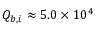
Q _ { b , i } \approx 5 . 0 \times 1 0 ^ { 4 }